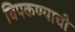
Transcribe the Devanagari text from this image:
चिपकण्याची